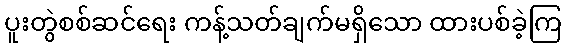
ပူးတွဲစစ်ဆင်ရေး ကန့်သတ်ချက်မရှိသော ထားပစ်ခဲ့ကြ